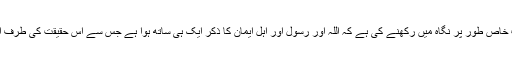
اہل ایمان کا دشمن اللہ و رسول کا دشمن ہے: یہاں یہ بات خاص طور پر نگاہ میں رکھنے کی ہے کہ اللہ اور رسول اور اہل ایمان کا ذکر ایک ہی ساتھ ہوا ہے جس سے اس حقیقت کی طرف اشارہ مقصود ہے کہ اس میں تقسیم کی گنجائش نہیں ہے۔